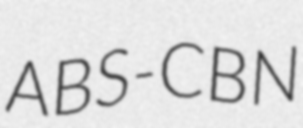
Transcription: ABS-CBN